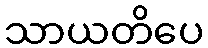
သာယတိပေ